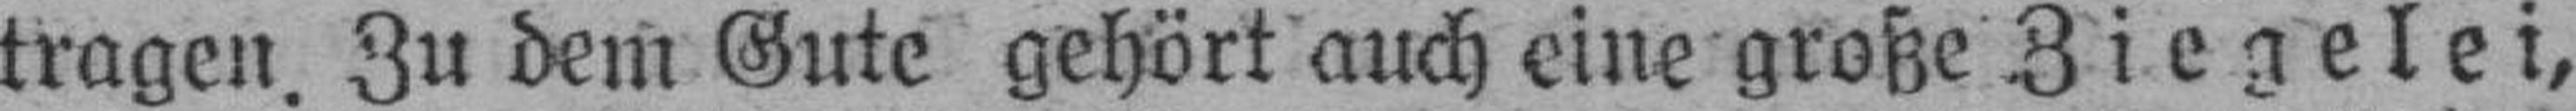
tragen. Zu dem Gute gehört auch eine große Ziegelei,